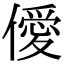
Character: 僾